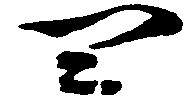
四